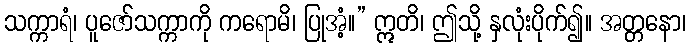
သက္ကာရံ၊ ပူဇော်သက္ကာကို ကရောမိ၊ ပြုအံ့။” ဣတိ၊ ဤသို့ နှလုံးပိုက်၍။ အတ္တနော၊